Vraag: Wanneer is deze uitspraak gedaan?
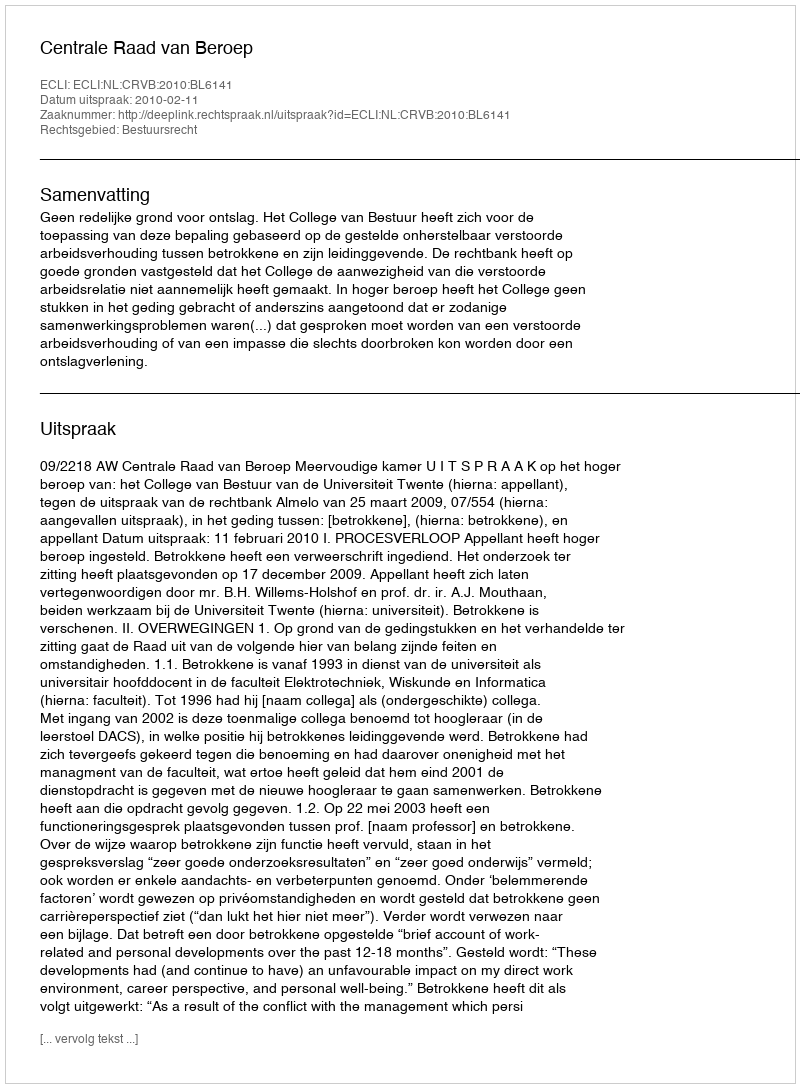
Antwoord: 2010-02-11